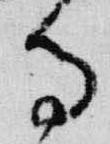
寺